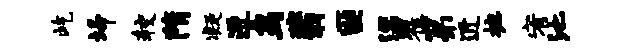
屹埽较隋凝进鸟翡匪漂瞿第近摭宥池